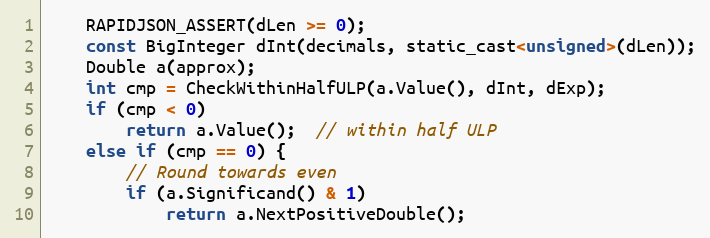
Language: C
    RAPIDJSON_ASSERT(dLen >= 0);
    const BigInteger dInt(decimals, static_cast<unsigned>(dLen));
    Double a(approx);
    int cmp = CheckWithinHalfULP(a.Value(), dInt, dExp);
    if (cmp < 0)
        return a.Value();  // within half ULP
    else if (cmp == 0) {
        // Round towards even
        if (a.Significand() & 1)
            return a.NextPositiveDouble();